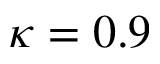
\kappa = 0 . 9